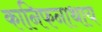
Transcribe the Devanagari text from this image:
कानिफनाथाय